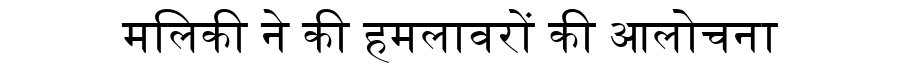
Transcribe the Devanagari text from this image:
मलिकी ने की हमलावरों की आलोचना